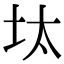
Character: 𡊀